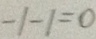
- 1 - 1 = 0